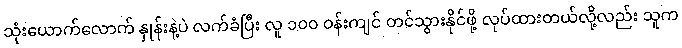
သုံးယောက်လောက် နှုန်းနဲ့ပဲ လက်ခံပြီး လူ ၁၀၀ ဝန်းကျင် တင်သွားနိုင်ဖို့ လုပ်ထားတယ်လို့လည်း သူက